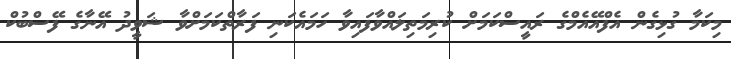
މިކަމާ ގުޅިގެން އެފްއޭއެމްގެ ރައީސްކަމަށް ކުރިމަތިލައްވާފައިވާ ހަމައެކަނި ފަރާތްކަމަށްވާ ޝަވީދު އޭނާގެ ފޭސްބުކް